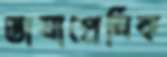
ভাষাপ্রেমিক